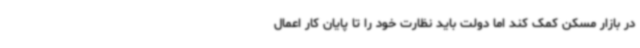
در بازار مسکن کمک کند اما دولت باید نظارت خود را تا پایان کار اعمال